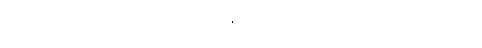
အဿ၊ အဘယ်သို့ဖြစ်သနည်း။ ဂေါပဒေ၊ နွားခြေရာခွက်သည်။ ဣဒံ ဥဒကံ၊ ဤရေသည်။